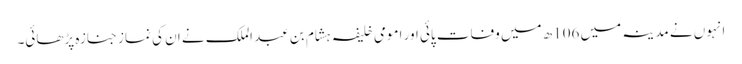
انہوں نے مدینہ میں 106ھ میں وفات پائی اور امومی خلیفہ ہشام بن عبد الملک نے ان کی نماز جنازہ پڑھائی۔